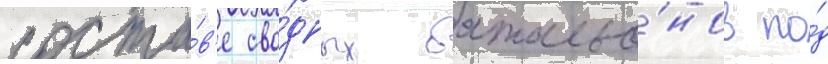
соста́в'е сво́дных батальо́нов по́д